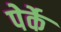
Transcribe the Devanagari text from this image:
पेर्के